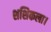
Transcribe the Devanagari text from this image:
शशिकला।